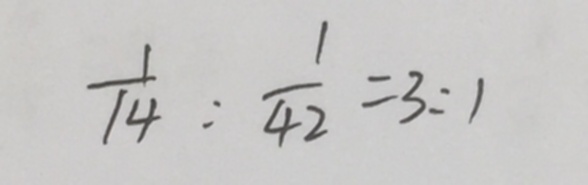
\frac { 1 } { 1 4 } : \frac { 1 } { 4 2 } = 3 : 1